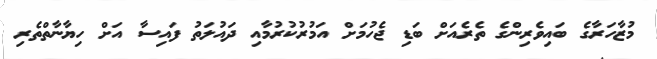
މުޒާހަރާގެ ބައިވެރިންގެ ތެރެއަށް ބަޑި ޖެހުމަށް އަމުރުކުރުމާއި ދައުލަތު ފައިސާ އަށް ހިޔާނާތްތެރި